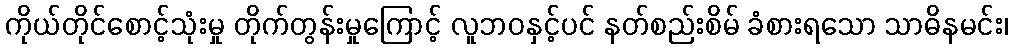
ကိုယ်တိုင်စောင့်သုံးမှု တိုက်တွန်းမှုကြောင့် လူဘဝနှင့်ပင် နတ်စည်းစိမ် ခံစားရသော သာဓိနမင်း၊